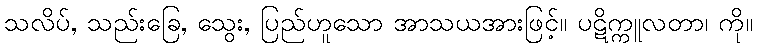
သလိပ်, သည်းခြေ, သွေး, ပြည်ဟူသော အာသယအားဖြင့်။ ပဋိက္ကူလတာ၊ ကို။